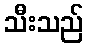
သီးသည်